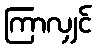
ကြာလျှင်